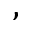
,